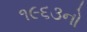
૧૯૬૩નો